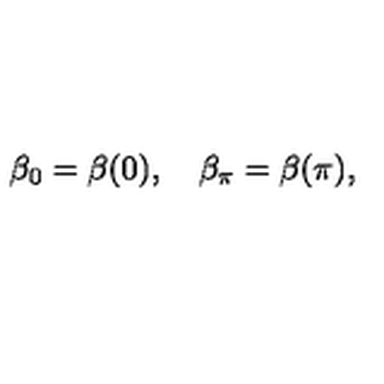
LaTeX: \beta _ { 0 } = \beta ( 0 ) , \quad \beta _ { \pi } = \beta ( \pi ) ,